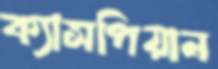
ক্যাসপিয়ান